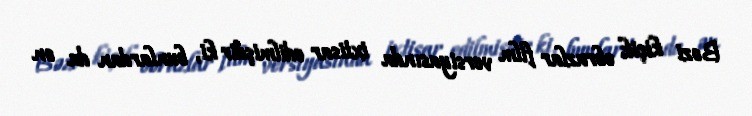
Bəzi kiçik obrazlar film versiyasında ixtisar edilmişdir ki, bunlardan da ən